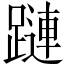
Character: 蹥